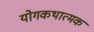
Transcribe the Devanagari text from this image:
योगकथात्मक